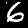
Label: 6